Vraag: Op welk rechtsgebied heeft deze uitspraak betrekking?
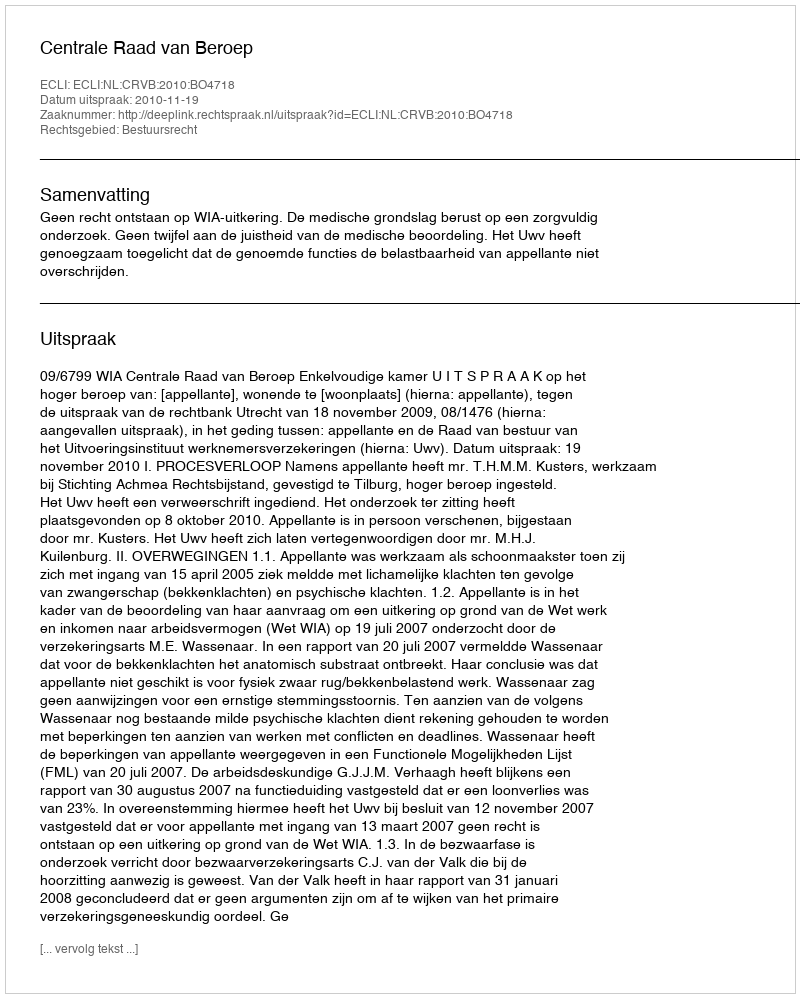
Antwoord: Bestuursrecht